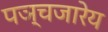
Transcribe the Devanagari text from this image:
पञ्चजारेय